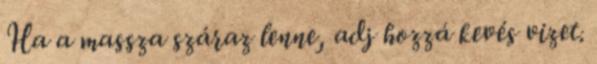
Ha a massza száraz lenne, adj hozzá kevés vizet.